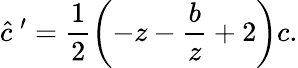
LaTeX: \hat{c}~^{\prime}=\frac{1}{2}\left(-z-\frac{b}{z}+2\right)c.